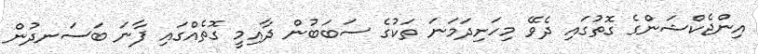
އިންޖެކްޝަންގެ ގޮތުގައި ދެވޭ މިހަށިދަމަނަ ތަކުގެ ސަބަބުން ދާއިމީ ގޮތެއްގައި ފާނަ ބަސަނދުން